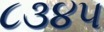
૮૩૪૫